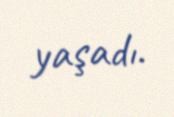
yaşadı.